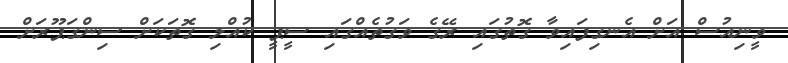
ވީނިއުސް އަށް އެނގިފައިވާ ގޮތުގައި ރޭގެ ވަގުތެއްގައި ސީޕީ ކުއްލި ގޮތަކަށް ސިންގަޕޫރަށް